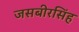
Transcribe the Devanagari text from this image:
जसबीरसिंह